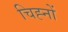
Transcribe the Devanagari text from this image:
चिह्‍नों